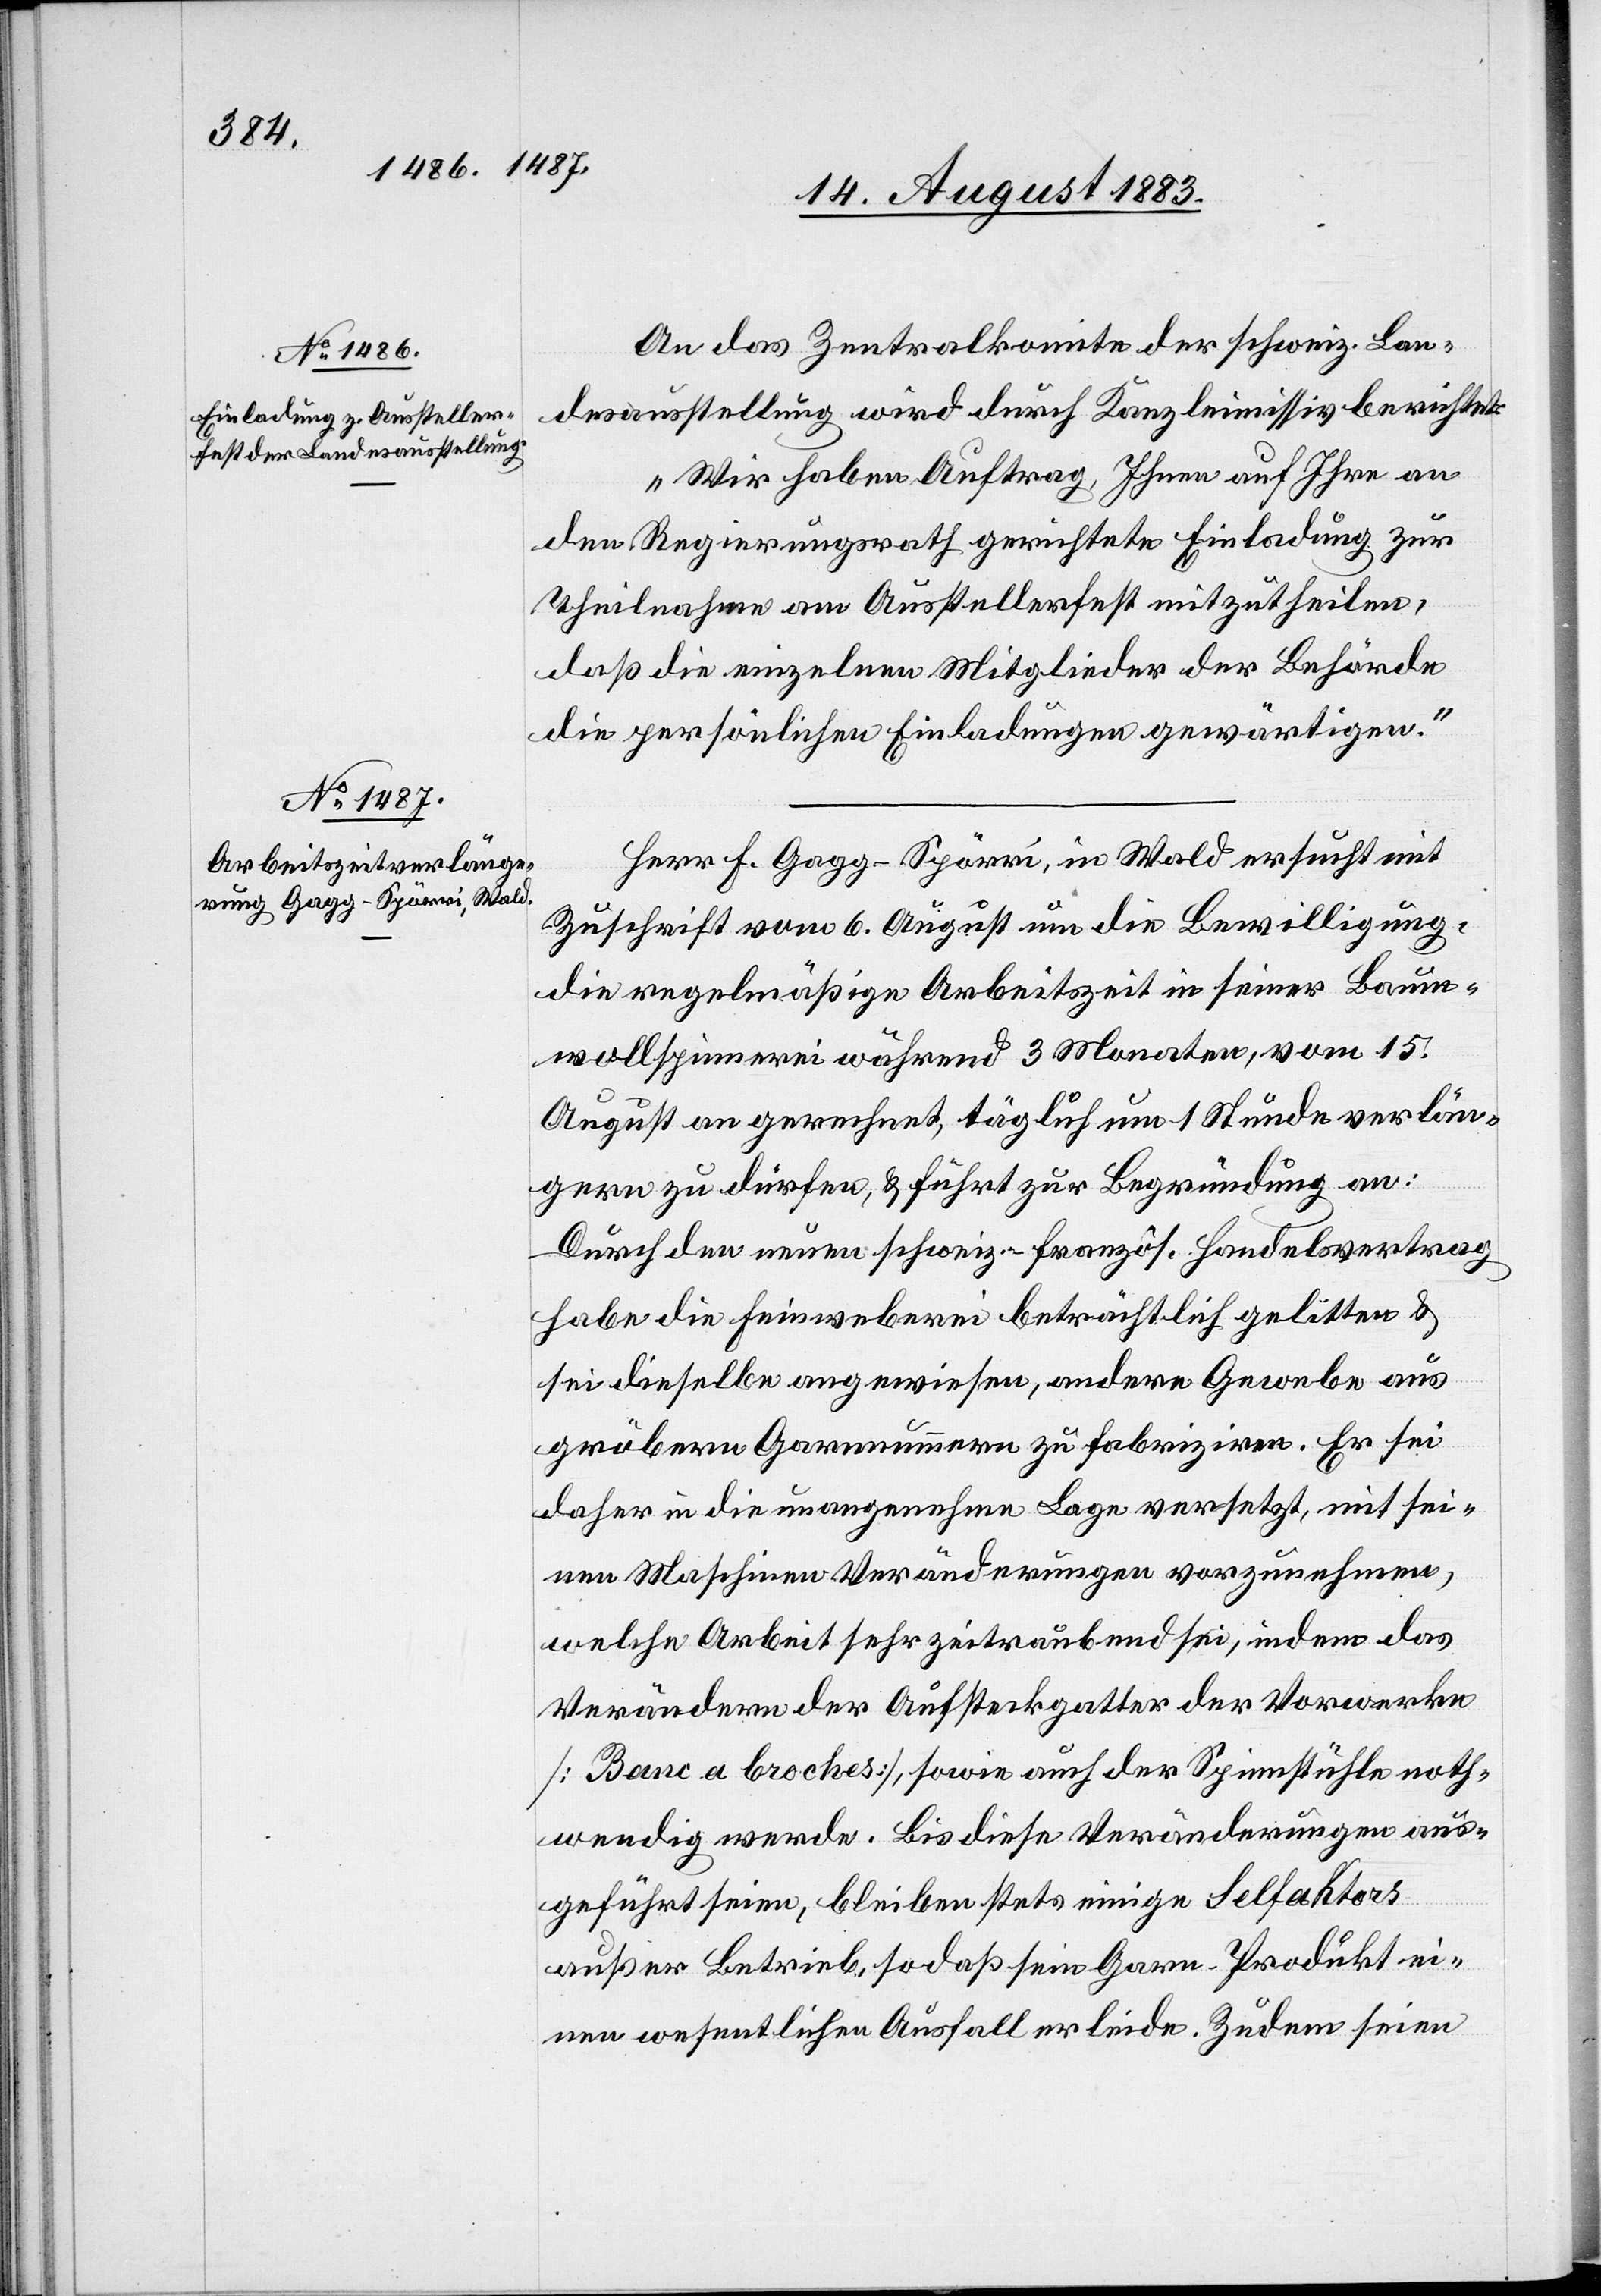
An das Zentralkomite der schweiz. Lan¬
desausstellung wird durch Kanzleimissiv berichtet:
„Wir haben Auftrag, Ihnen auf Ihre an
den Regierungsrath gerichtete Einladung zur
Theilnahme am Ausstellerfest mitzutheilen,
daß die einzelnen Mitglieder der Behörde
die persönlichen Einladungen gewärtigen.“
Herr F. Gagg-Spörri, in Wald, ersucht mit
Zuschrift vom 6. August um die Bewilligung,
die regelmäßige Arbeitszeit in seiner Baum¬
wollspinnerei während 3 Monaten, vom 15.
August an gerechnet, täglich um 1 Stunde verlän¬
gern zu dürfen, & führt zur Begründung an:
Durch den neuen schweiz.-französ. Handelsvertrag
habe die Feinweberei beträchtlich gelitten &
sei dieselbe angewiesen, andere Gewebe aus
gröbern Garnnummern zu fabriziren. Er sei
daher in die unangenehme Lage versetzt, mit sei¬
nen Maschinen Veränderungen vorzunehmen,
welche Arbeit sehr zeitrauben sei, indem das
Verändern der Aufsteckgatter der Vorwerke
[Blanc a broches], sowie auch der Spinnstühle noth¬
wendig werde. Bis diese Veränderungen aus¬
geführt seien, bleiben stets einige Selfaktors
außer Betrieb, so daß sein Garn-Produkt ei¬
nen wesentlichen Ausfall erleide. Zudem seien